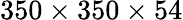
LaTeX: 350\times 350\times 54